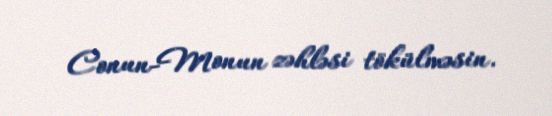
Conun-Monun zəhləsi tökülməsin.